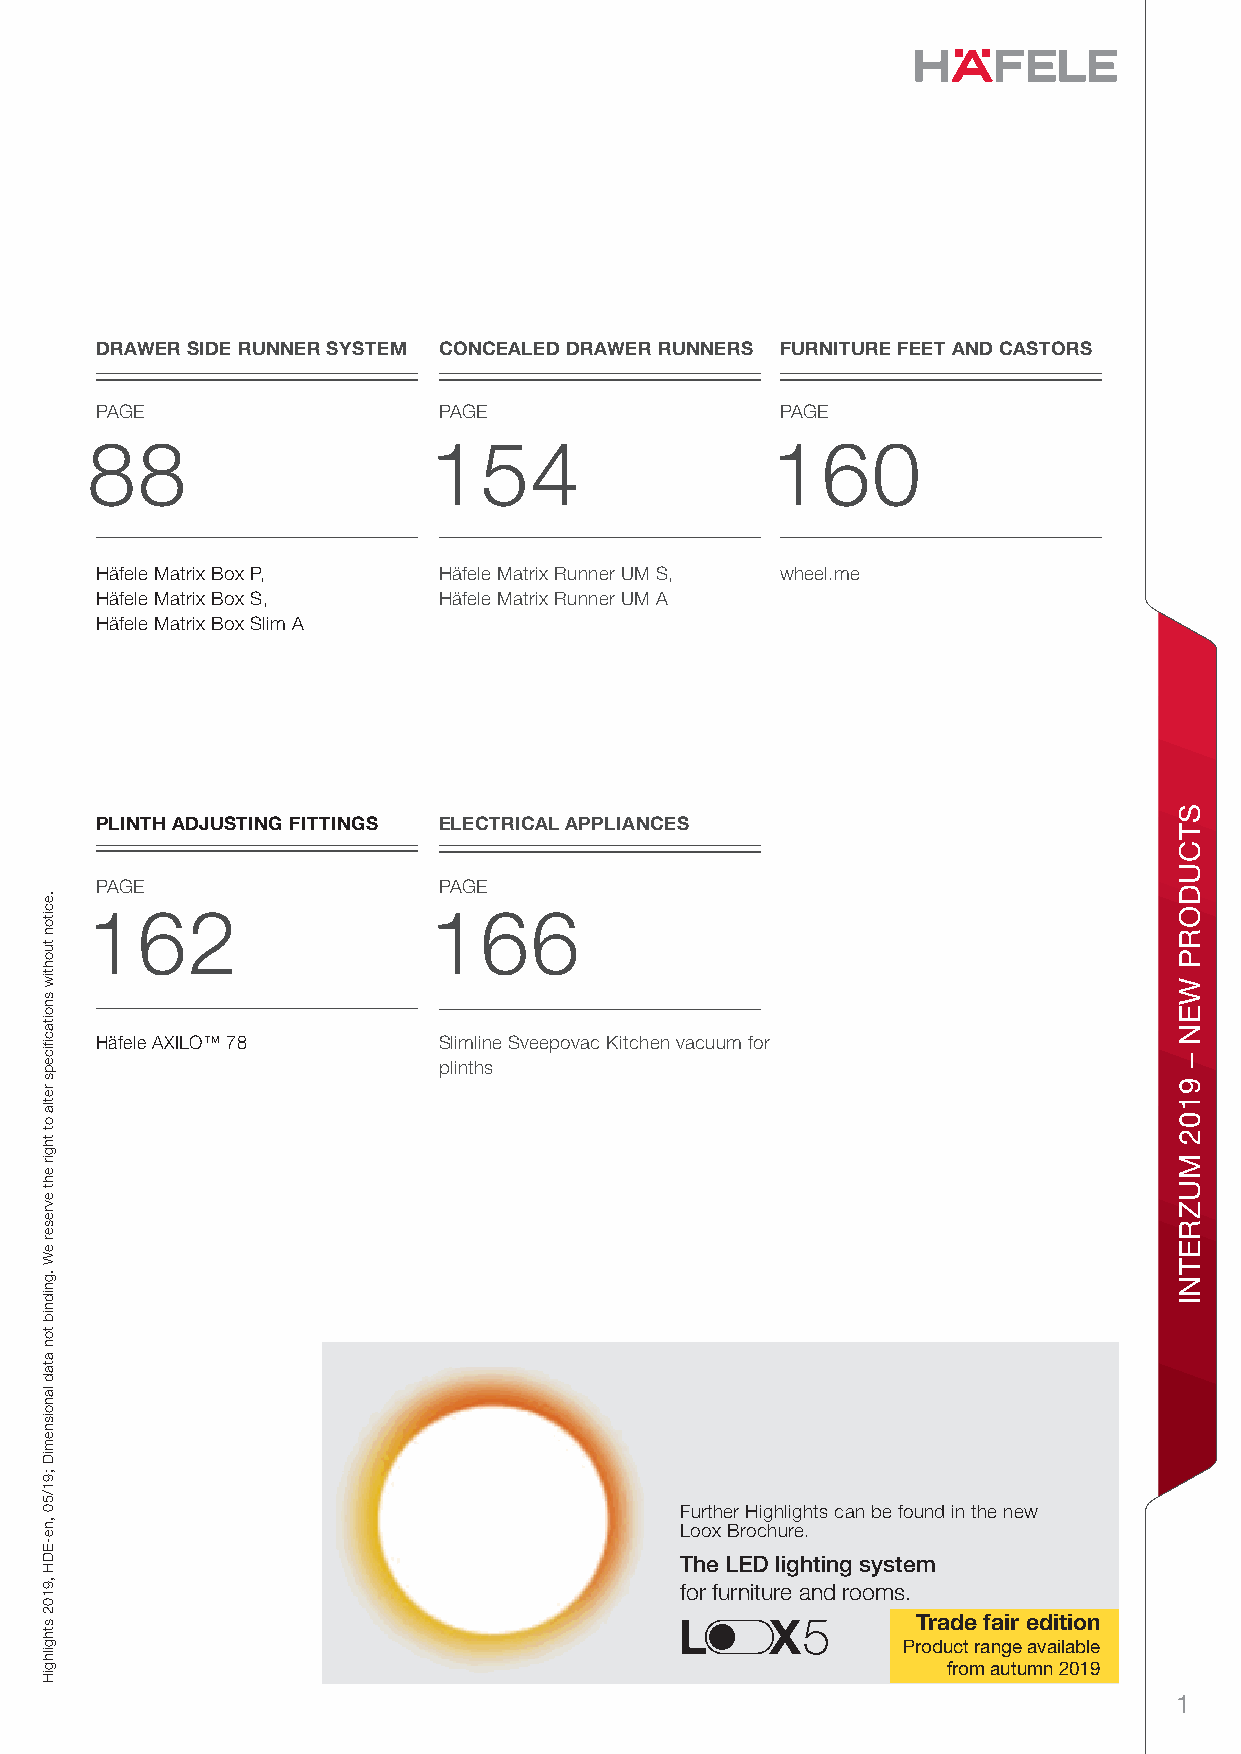
DRAWER SIDE RUNNER SYSTEM CONCEALED DRAWER RUNNERS FURNITURE FEET AND CASTORS
 PAGE                   PAGE                   PAGE
 88                    154                    160
 Häfele Matrix Box P,   Häfele Matrix Runner UM S, wheel.me
 Häfele Matrix Box S,   Häfele Matrix Runner UM A
 Häfele Matrix Box Slim A
 PLINTH ADJUSTING FITTINGS ELECTRICAL APPLIANCES
 PAGE                   PAGE
 162                   166
 Häfele AXILO™ 78       Slimline Sveepovac Kitchen vacuum for
 plinths
 Further Highlights can be found in the new
 Loox Brochure.
 The LED lighting system
 for furniture and rooms.
 Trade fair edition
 Product range available
 from autumn 2019
 1
 .eciton
 tuohtiw
 snoitacfiiceps
 retla
 ot
 thgir
 eht
 evreser
 eW
 .gnidnib
 ton
 atad
 lanoisnemiD
 ;91/50
 ,ne-EDH
 ,9102
 sthgilhgiH
 STCUDORP
 WEN
 –
 9102
 MUZRETNI